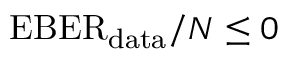
\mathrm { E B E R } _ { \mathrm { d a t a } } / N \le 0